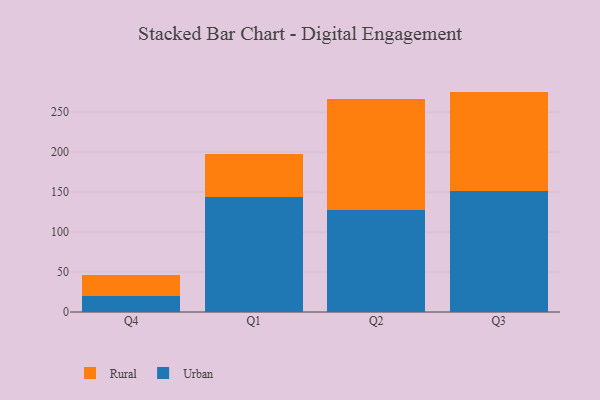
{"axis": {"x": "Quarter", "y": "Bounce Rate (%)"}, "legend": ["Rural", "Urban"], "data": [{"x": "Q4", "y": 20.6, "type": "Urban"}, {"x": "Q4", "y": 25.6, "type": "Rural"}, {"x": "Q1", "y": 143.4, "type": "Urban"}, {"x": "Q1", "y": 54.5, "type": "Rural"}, {"x": "Q2", "y": 127.8, "type": "Urban"}, {"x": "Q2", "y": 139.1, "type": "Rural"}, {"x": "Q3", "y": 151.0, "type": "Urban"}, {"x": "Q3", "y": 124.6, "type": "Rural"}]}